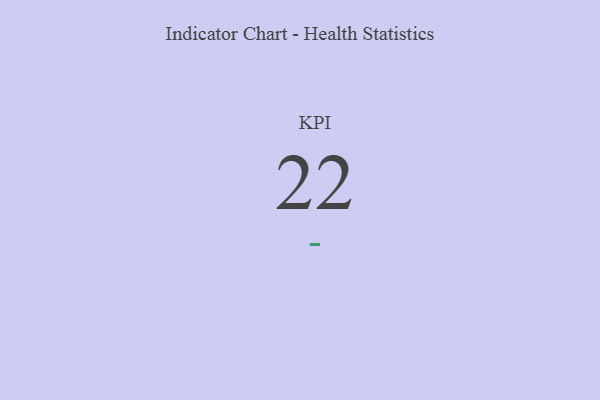
{"axis": {"x": "KPI", "y": "Value"}, "legend": [""], "data": [{"x": "KPI", "y": 22, "type": ""}]}